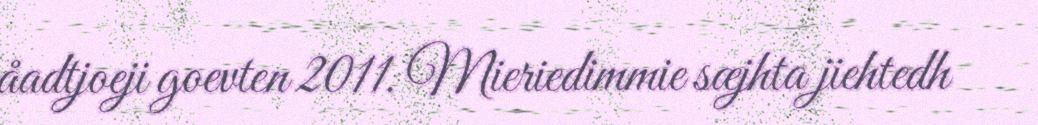
åadtjoeji goevten 2011. Mieriedimmie sæjhta jiehtedh